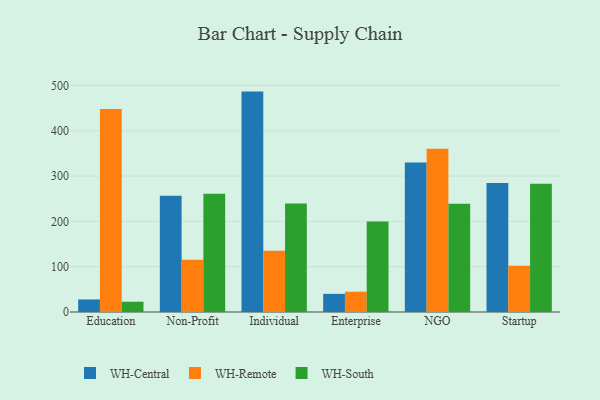
{"axis": {"x": "Segment", "y": "Website Visitors"}, "legend": ["WH-Central", "WH-Remote", "WH-South"], "data": [{"x": "Education", "y": 27.7, "type": "WH-Central"}, {"x": "Education", "y": 448.0, "type": "WH-Remote"}, {"x": "Education", "y": 22.7, "type": "WH-South"}, {"x": "Non-Profit", "y": 256.7, "type": "WH-Central"}, {"x": "Non-Profit", "y": 115.1, "type": "WH-Remote"}, {"x": "Non-Profit", "y": 261.1, "type": "WH-South"}, {"x": "Individual", "y": 486.4, "type": "WH-Central"}, {"x": "Individual", "y": 135.3, "type": "WH-Remote"}, {"x": "Individual", "y": 239.5, "type": "WH-South"}, {"x": "Enterprise", "y": 40.0, "type": "WH-Central"}, {"x": "Enterprise", "y": 44.8, "type": "WH-Remote"}, {"x": "Enterprise", "y": 199.7, "type": "WH-South"}, {"x": "NGO", "y": 329.7, "type": "WH-Central"}, {"x": "NGO", "y": 360.4, "type": "WH-Remote"}, {"x": "NGO", "y": 238.7, "type": "WH-South"}, {"x": "Startup", "y": 284.5, "type": "WH-Central"}, {"x": "Startup", "y": 101.9, "type": "WH-Remote"}, {"x": "Startup", "y": 283.3, "type": "WH-South"}]}